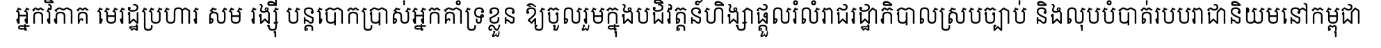
អ្នកវិភាគ មេរដ្ឋប្រហារ សម រង្ស៊ី បន្តបោកប្រាស់អ្នកគាំទ្រខ្លួន ឱ្យចូលរួមក្នុងបដិវត្តន៍ហិង្សាផ្តួលរំលំរាជរដ្ឋាភិបាលស្របច្បាប់ និងលុបបំបាត់របបរាជានិយមនៅកម្ពុជា